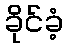
ခိုင်ခံ့